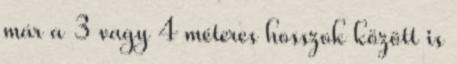
már a 3 vagy 4 méteres hosszok között is